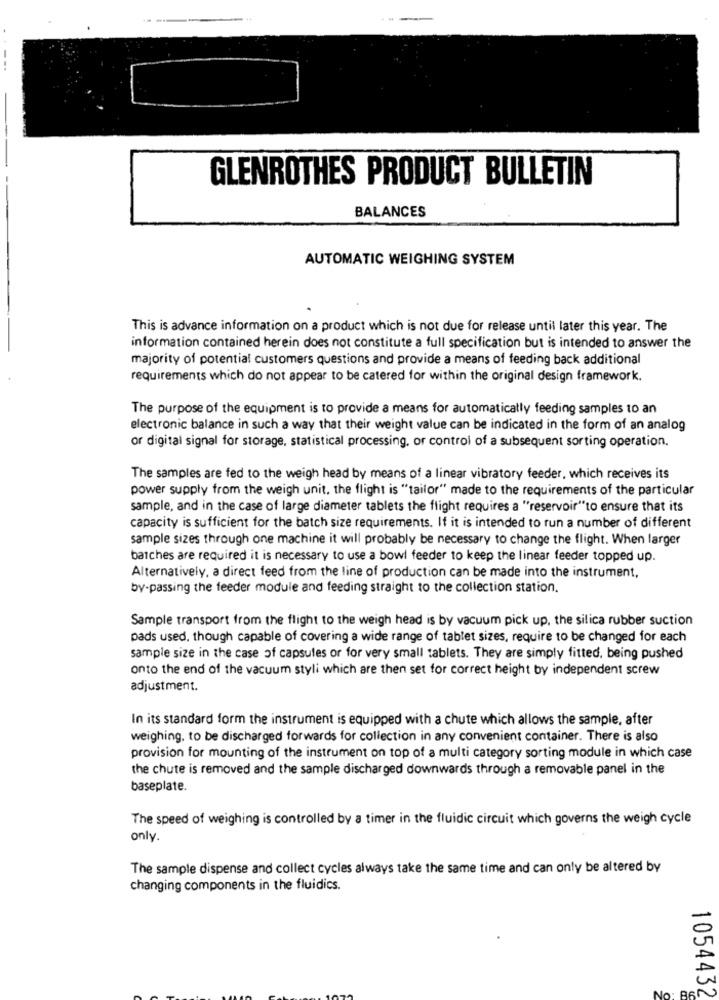
GLENROTHES PRODUCT BULLETIN
BALANCES
AUTOMATIC WEIGHING SYSTEM
This is advance information on a product which is not due for release until later this year. The
information contained herein does not constitute a full specification but is intended to answer the
majority of potential customers questions and provide a means of feeding back additional
requirements which do not appear to be catered for within the original design framework.
The purpose of the equipment is to provide a means for automatically feeding samples to an
electronic balance in such a way that their weight value can be indicated in the form of an analog
or digital signal for storage, statistical processing, or control of a subsequent sorting operation.
The samples are fed to the weigh head by means of a linear vibratory feeder, which receives its
power supply from the weigh unit, the flight is "tailor" made to the requirements of the particular
sample, and in the case of large diameter tablets the flight requires a "reservoir"to ensure that its
capacity is sufficient for the batch size requirements. If it is intended to run a number of different
sample sizes through one machine it will probably be necessary to change the flight. When larger
batches are required it is necessary to use a bowl feeder to keep the linear feeder topped up.
Alternatively, a direct feed from the line of production can be made into the instrument,
by-passing the feeder module and feeding straight to the collection station.
Sample transport from the flight to the weigh head is by vacuum pick up, the silica rubber suction
pads used, though capable of covering a wide range of tablet sizes, require to be changed for each
sample size in the case of capsules or for very small tablets. They are simply fitted, being pushed
onto the end of the vacuum styli which are then set for correct height by independent screw
adjustment.
In its standard form the instrument is equipped with a chute which allows the sample, after
weighing, to be discharged forwards for collection in any convenient container. There is also
provision for mounting of the instrument on top of a multi category sorting module in which case
the chute is removed and the sample discharged downwards through a removable panel in the
baseplate.
The speed of weighing is controlled by a timer in the fluidic circuit which governs the weigh cycle
only.
The sample dispense and collect cycles always take the same time and can only be altered by
changing components in the fluidics.
No: B6
1054432